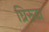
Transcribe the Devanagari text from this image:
घ्रिरूढा